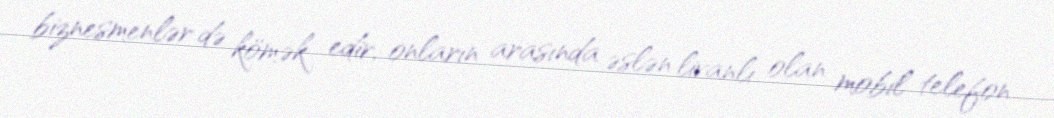
biznesmenlər də kömək edir, onların arasında əslən livanlı olan mobil telefon